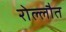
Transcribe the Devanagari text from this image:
रोल्लौत